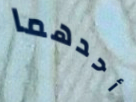
أحدهما